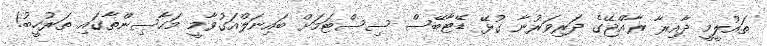
ތައުލީމީ ދާއިރާ ރާއްޖޭގެ ދަރިވަރުނާ ގުޅޭ ޑޭޓާބޭސް ސިސްޓަމަށް ބައިނަލްއަގުވާމީ މަހާސިންތާގައި ތަރުހީބު!